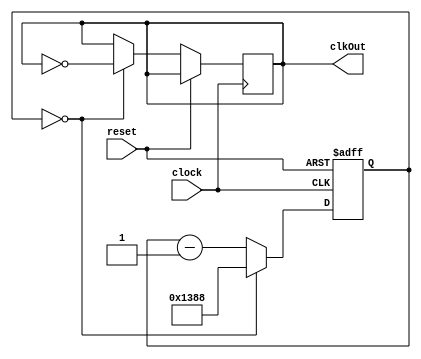
module clk_Div(
	input clock, reset,
	output reg clkOut
	);
	

	reg [25:0] count = 5000;
	
	always@(posedge clock , posedge reset)
	begin
		if(reset)
			count <= 5000;
		else if(count == 0)
			begin
			clkOut <= ~clkOut;
			count <= 5000;
			end
		else
			count <= count - 1;
	end					
	
endmodule